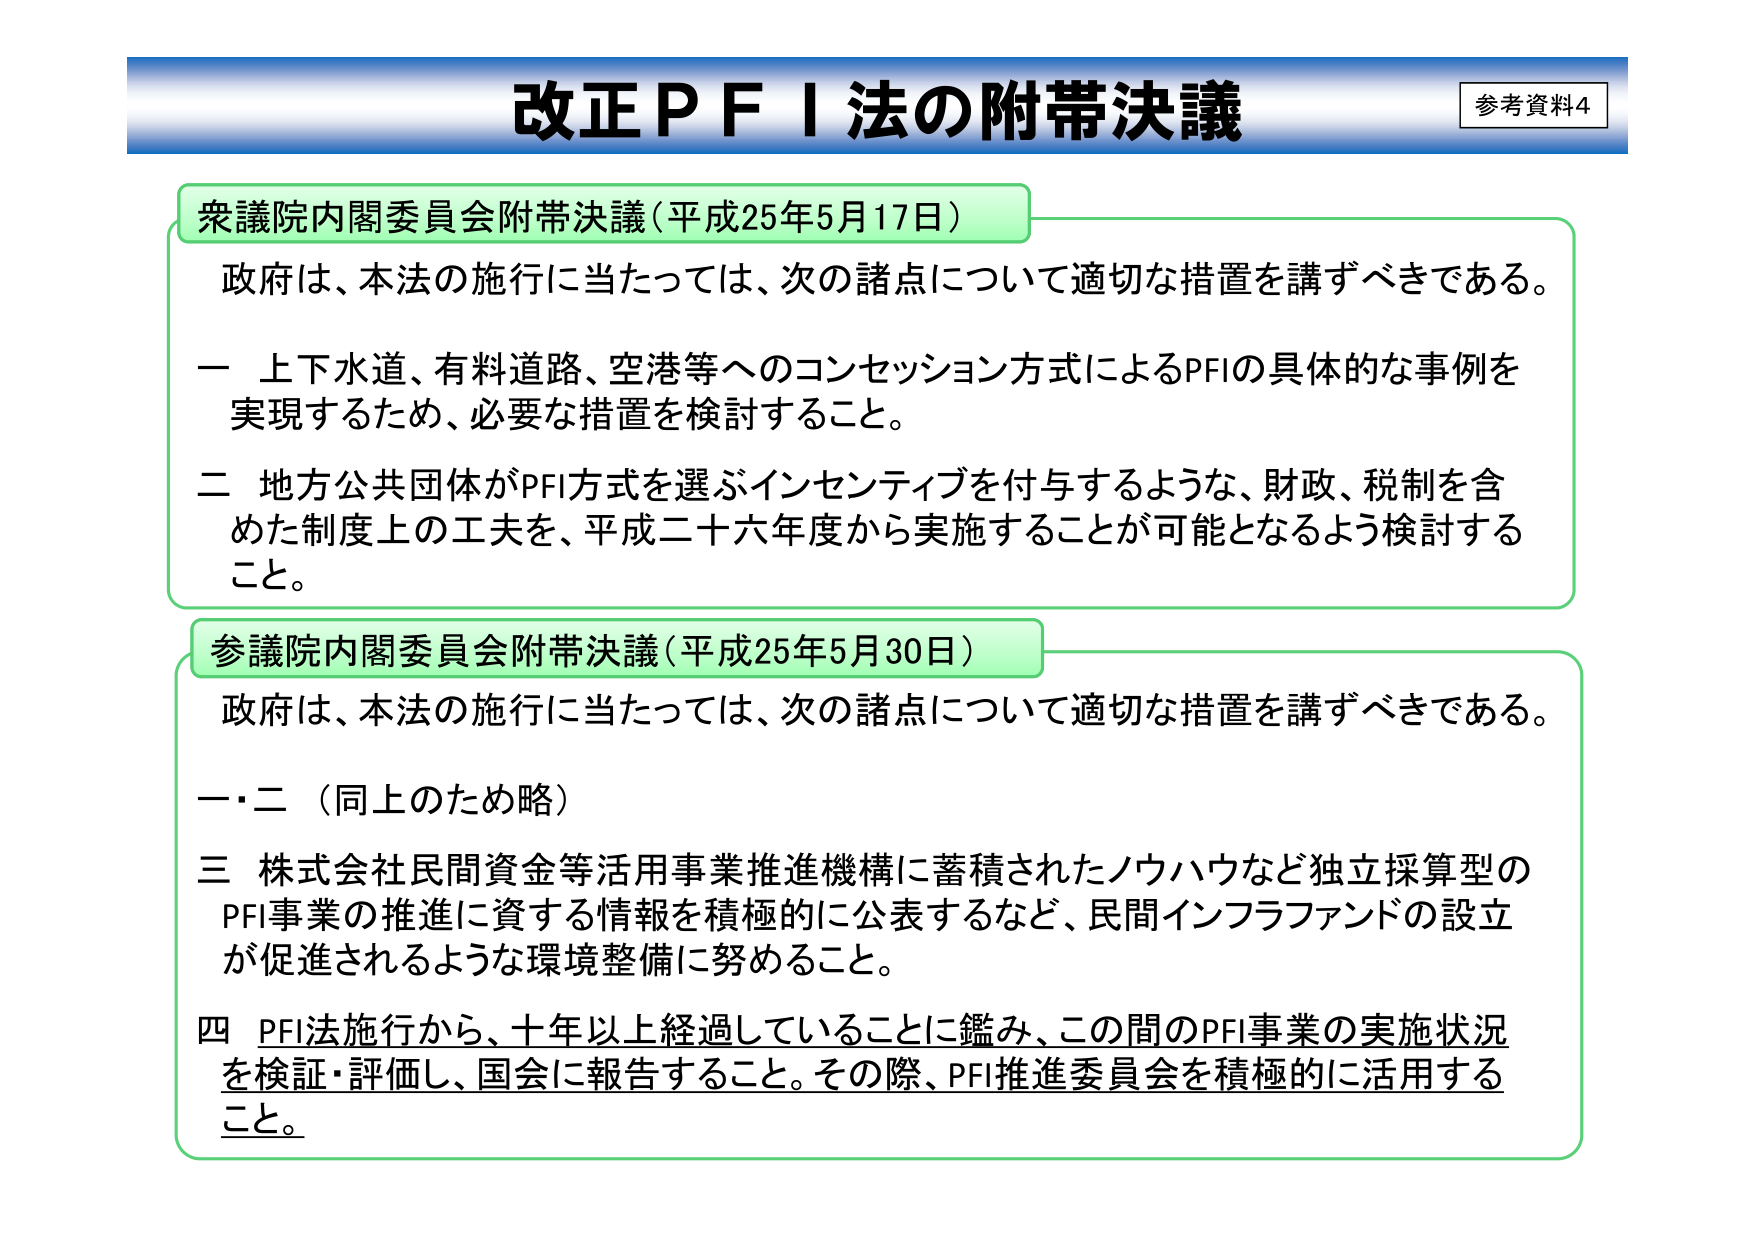
改正ＰＦＩ法の附帯決議
参考資料4

衆議院内閣委員会附帯決議（平成25年5月17日）
政府は、本法の施行に当たっては、次の諸点について適切な措置を講ずべきである。
一 上下水道、有料道路、空港等へのコンセッション方式によるPFIの具体的な事例を
実現するため、必要な措置を検討すること。
二 地方公共団体がPFI方式を選ぶインセンティブを付与するような、財政、税制を含
めた制度上の工夫を、平成二十六年度から実施することが可能となるよう検討する
こと。

参議院内閣委員会附帯決議（平成25年5月30日）
政府は、本法の施行に当たっては、次の諸点について適切な措置を講ずべきである。
一・二 （同上のため略）
三 株式会社民間資金等活用事業推進機構に蓄積されたノウハウなど独立採算型の
PFI事業の推進に資する情報を積極的に公表するなど、民間インフラファンドの設立
が促進されるような環境整備に努めること。
四 PFI法施行から、十年以上経過していることに鑑み、この間のPFI事業の実施状況
を検証・評価し、国会に報告すること。その際、PFI推進委員会を積極的に活用する
こと。